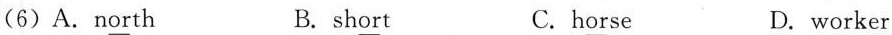
(6)A.n\underline{or}th B. sh\underline{or}t C.h\underline{or}se D.w\underline{or}ker